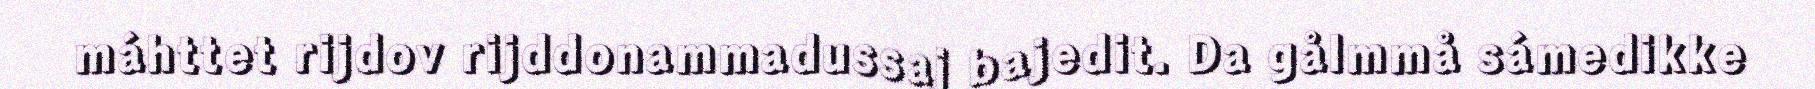
máhttet rijdov rijddonammadussaj bajedit. Da gålmmå sámedikke